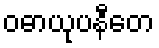
ဝဓာယုပနီတေ